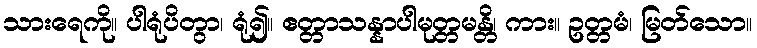
သားရေကို။ ပါရုံပိတွာ၊ ရုံ၍။ ဧတ္တာသန္နာပါမုတ္တမန္တိ၊ ကား။ ဥတ္တမံ၊ မြတ်သော။